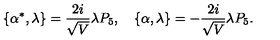
\{ \alpha ^ { * } , \lambda \} = \frac { 2 i } { \sqrt { V } } \lambda P _ { 5 } , \quad \{ \alpha , \lambda \} = - \frac { 2 i } { \sqrt { V } } \lambda P _ { 5 } .